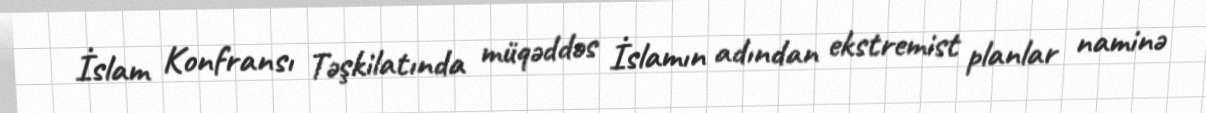
İslam Konfransı Təşkilatında müqəddəs İslamın adından ekstremist planlar naminə